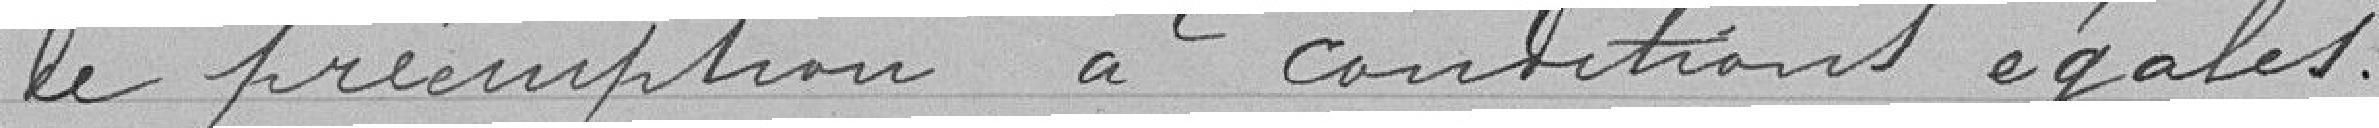
de préemption à conditions égales.